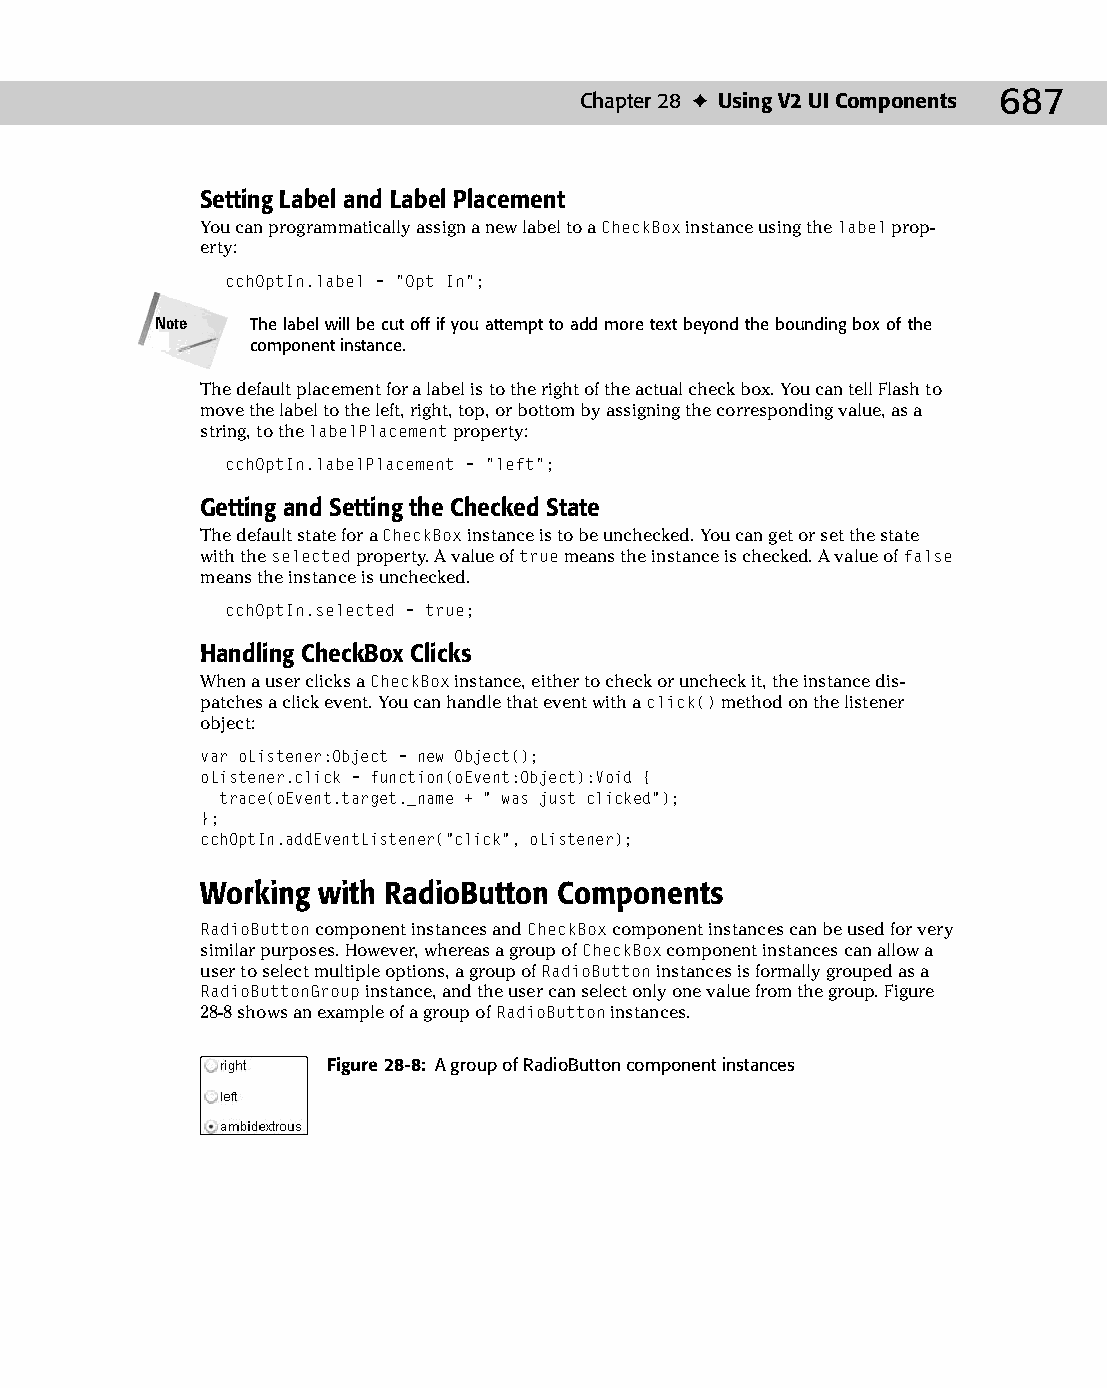
37 543547 ch28.qxd 3/24/04 4:08 PM Page 687
 Chapter 28 ✦ Using V2 UI Components 687
 Setting Label and Label Placement
 You can programmatically assign a new label to a CheckBox instance using the label prop­
 erty:
 cchOptIn.label = “Opt In”;
 Note   The label will be cut off if you attempt to add more text beyond the bounding box of the
 component instance.
 The default placement for a label is to the right of the actual check box. You can tell Flash to
 move the label to the left, right, top, or bottom by assigning the corresponding value, as a
 string, to the labelPlacement property:
 cchOptIn.labelPlacement = “left”;
 Getting and Setting the Checked State
 The default state for a CheckBox instance is to be unchecked. You can get or set the state
 with the selected property. A value of true means the instance is checked. A value of false
 means the instance is unchecked.
 cchOptIn.selected = true;
 Handling CheckBox Clicks
 When a user clicks a CheckBox instance, either to check or uncheck it, the instance dis­
 patches a click event. You can handle that event with a click() method on the listener
 object:
 var oListener:Object = new Object();
 oListener.click = function(oEvent:Object):Void {
 trace(oEvent.target._name + “ was just clicked”);
 };
 cchOptIn.addEventListener(“click”, oListener);
 Working with RadioButton Components
 RadioButton component instances and CheckBox component instances can be used for very
 similar purposes. However, whereas a group of CheckBox component instances can allow a
 user to select multiple options, a group of RadioButton instances is formally grouped as a
 RadioButtonGroup instance, and the user can select only one value from the group. Figure
 28-8 shows an example of a group of RadioButton instances.
 Figure 28-8: A group of RadioButton component instances